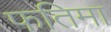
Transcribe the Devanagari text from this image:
फतिमा